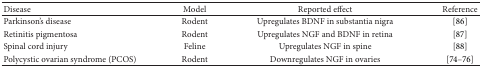
<table><thead><tr><td><b>Disease</b></td><td><b>Model</b></td><td><b>Reported effect</b></td><td><b>Reference</b></td></tr></thead><tbody><tr><td>Parkinson&#x27;s disease</td><td>Rodent</td><td>Upregulates BDNF in substantia nigra</td><td>[86]</td></tr><tr><td>Retinitis pigmentosa</td><td>Rodent</td><td>Upregulates NGF and BDNF in retina</td><td>[87]</td></tr><tr><td>Spinal cord injury</td><td>Feline</td><td>Upregulates NGF in spine</td><td>[88]</td></tr><tr><td>Polycystic ovarian syndrome (PCOS)</td><td>Rodent</td><td>Downregulates NGF in ovaries</td><td>[74–76]</td></tr></tbody></table>